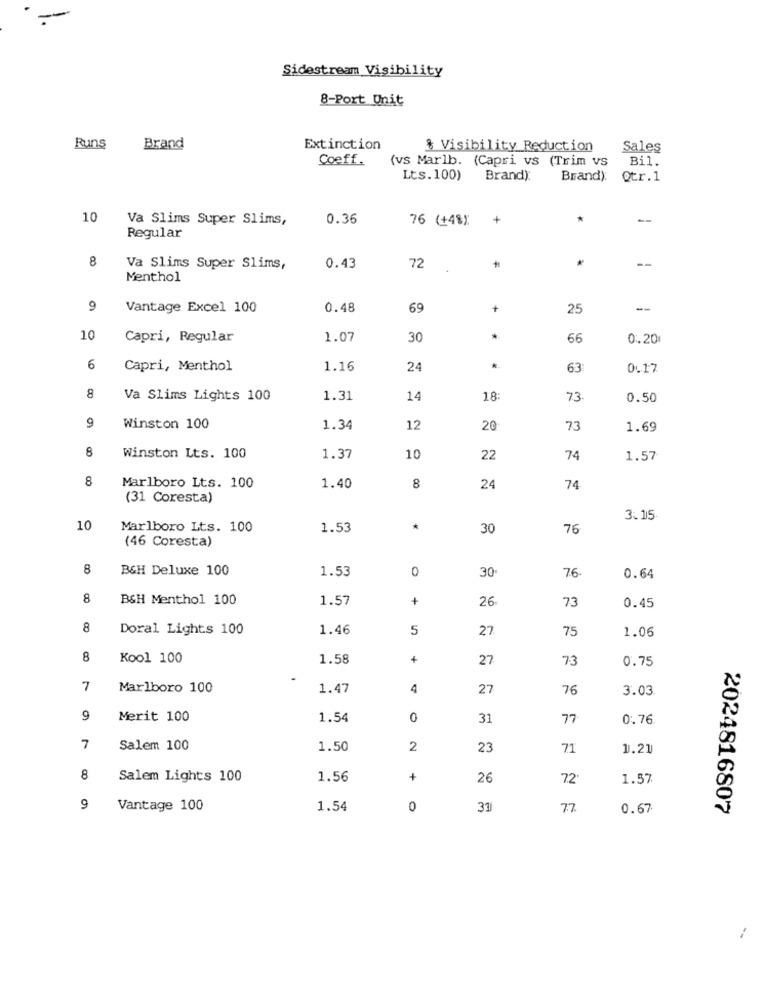
-
Sidestream Visibility
8-Port Unit
Runs
Brand
Extinction
& Visibility Reduction
Sales
Coeff.
(vs Marlb. (Capri vs (Trim vs
Bil.
Lts.100) Brand):
Brand).
otr.1
10
Va Slims Super Slims,
0.36
76 (+4%)
+
*
--
Regular
8
--
Va Slims Super Slims,
0.43
72
*
Menthol
9
Vantage Excel 100
0.48
69
+
25
--
10
Capri, Regular
1.07
30
*
66
0.20
6
Capri, Menthol
1.16
24
*
63
0.17
8
Va Slims Lights 100
1.31
14
18:
73
0.50
9
Winston 100
1.34
12
20
73
1.69
8
Winston Its. 100
1.37
10
22
74
1.57
8
Marlboro Lts. 100
1.40
8
24
74
(31 Coresta)
3.15
10
Marlboro Lts. 100
1.53
*
30
76
(46 Coresta)
8
B&H Deluxe 100
1.53
0
30
76
0.64
8
B&H Menthol 100
1.57
+
26
73
0.45
8
Doral Lights 100
1.46
5
27
75
1.06
8
Kool 100
1.58
+
27
73
0.75
7
Marlboro 100
1.47
4
27
76
3.03
9
Merit 100
1.54
0
31
77
0.76
7
Salem 100
1.50
2
23
71
1.21
8
Salem Lights 100
1.56
+
26
7.2'
1.57
9
Vantage 100
1.54
0
31
77
0.67
2024816807